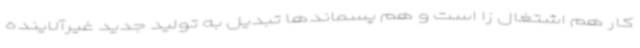
کار هم اشتغال زا است و هم پسماندها تبدیل به تولید جدید غیرآلاینده